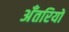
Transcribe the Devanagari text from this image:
अँतरियों